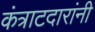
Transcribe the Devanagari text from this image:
कंत्राटदारांनी